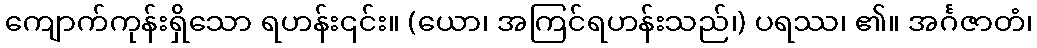
ကျောက်ကုန်းရှိသော ရဟန်း၎င်း။ (ယော၊ အကြင်ရဟန်းသည်၊) ပရဿ၊ ၏။ အင်္ဂဇာတံ၊